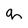
Character: q